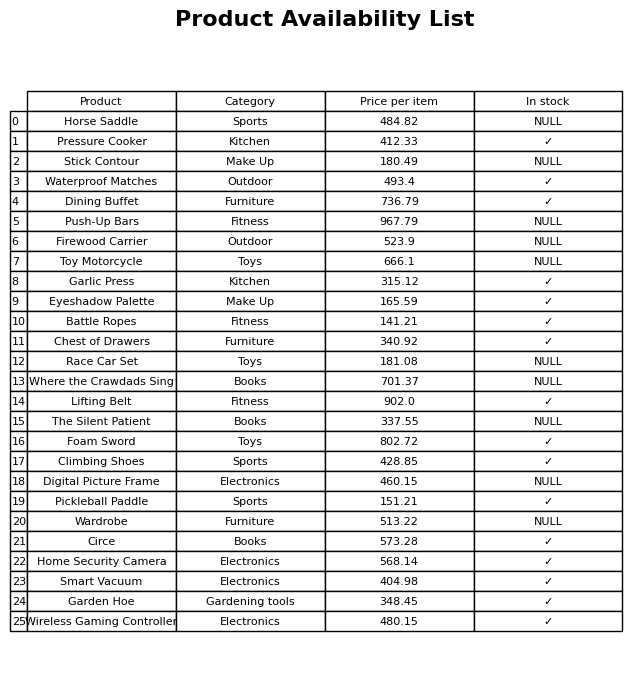
question: Is the Stick Contour in stock?
answer: NULL